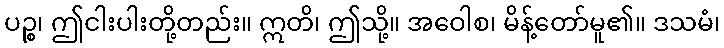
ပဉ္စ၊ ဤငါးပါးတို့တည်း။ ဣတိ၊ ဤသို့။ အဝေါစ၊ မိန့်တော်မူ၏။ ဒသမံ၊